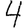
Digit: 4